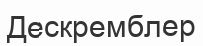
Дескремблер